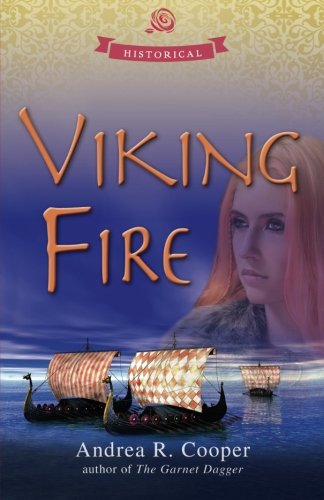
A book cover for Viking Fire; Andrea R. Cooper; Romance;